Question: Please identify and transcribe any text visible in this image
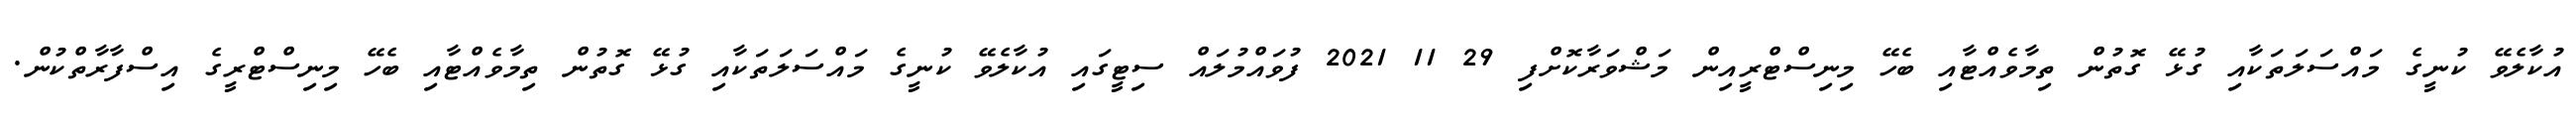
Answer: އުކާލެވޭ ކުނީގެ މައްސަލަތަކާއި ގުޅޭ ގޮތުން ތިމާވެއްޓާއި ބެހޭ މިނިސްޓްރީއިން މަޝްވަރާކޮށްފި 29 11 2021 ފުވައްމުލައް ސިޓީގައި އުކާލެވޭ ކުނީގެ މައްސަލަތަކާއި ގުޅޭ ގޮތުން ތިމާވެއްޓާއި ބެހޭ މިނިސްޓްރީގެ އިސްފާރާތްކުން.